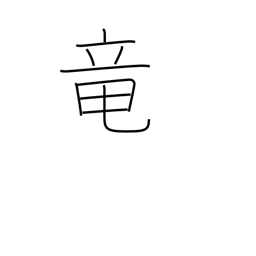
Meaning: dragon